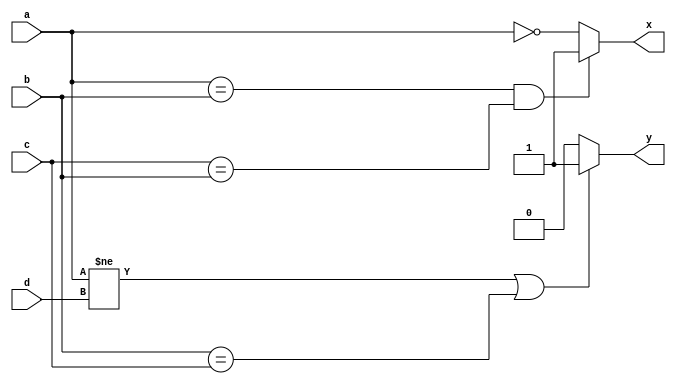
module logical_operators(
  input [3:0]a,b,c,d,
  output reg x,y);

  always @(*) begin
	if ((a==b)&&(c==b)) 
	x=1;   
	else
	x=!a;

	if((a!=d)||(b==c))
	y=1;                
	else
	y=0;                
  end
endmodule